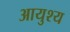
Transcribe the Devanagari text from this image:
आयुश्य